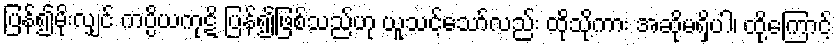
ပြန်၍မိုးလျှင် ကပ္ပိယကုဋိ ပြန်၍ဖြစ်သည်ဟု ယူသင့်သော်လည်း ထိုသို့ကား အဆိုမရှိပါ၊ ထို့ကြောင့်